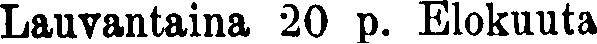
Lauvantaina 20 p. Elokuuta